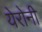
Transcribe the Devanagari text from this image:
येरोनी